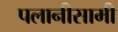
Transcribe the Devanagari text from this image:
पलानीसामी